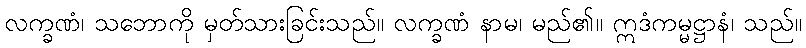
လက္ခဏံ၊ သဘောကို မှတ်သားခြင်းသည်။ လက္ခဏံ နာမ၊ မည်၏။ ဣဒံကမ္မဋ္ဌာနံ၊ သည်။